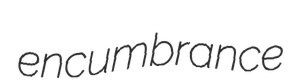
encumbrance